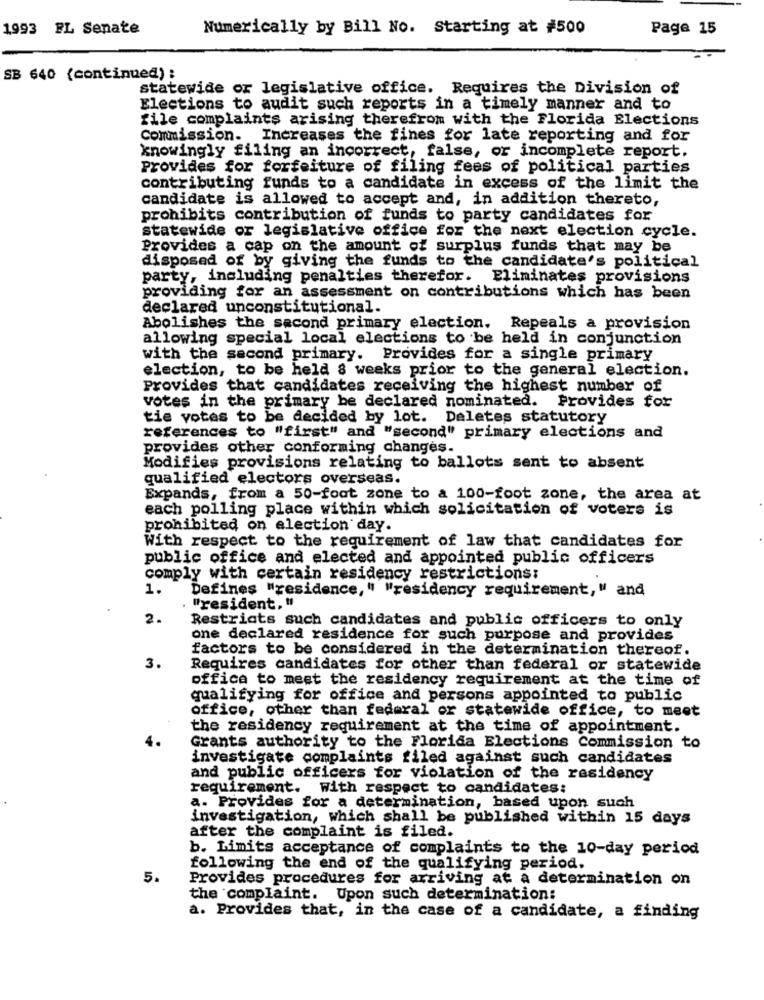
1993 FL Senate
Numerically by Bill No. Starting at #500
Page 15
SB 640 (continued) :
statewide or legislative office. Requires the Division of
Elections to audit such reports in a timely manner and to
file complaints arising therefrom with the Florida Elections
Commission. Increases the fines for late reporting and for
knowingly filing an incorrect, false, or incomplete report.
Provides for forfeiture of filing fees of political parties
contributing funds to a candidate in excess of the limit the
candidate is allowed to accept and, in addition thereto,
prohibits contribution of funds to party candidates for
statewide or legislative office for the next election cycle.
Provides a cap on the amount of surplus funds that may be
disposed of by giving the funds to the candidate's political
party, including penalties therefor. Eliminates provisions
providing for an assessment on contributions which has been
declared unconstitutional.
Abolishes the second primary election, Repeals a provision
allowing special local elections to be held in conjunction
with the second primary. Provides for a single primary
election, to be held 8 weeks prior to the general election.
Provides that candidates receiving the highest number of
votes in the primary be declared nominated. Provides for
tie votes to be decided by lot. Deletes statutory
references to "first" and "second" primary elections and
provides other conforming changes.
Modifies provisions relating to ballots sent to absent
qualified electors overseas.
Expands, from a 50-foot zone to a 100-foot zone, the area at
each polling place within which solicitation of voters is
prohibited on election day.
With respect to the requirement of law that candidates for
public office and elected and appointed public officers
comply with certain residency restrictions:
1.
Defines "residence, " "residency requirement, " and
"resident. "
2.
Restricts such candidates and public officers to only
one declared residence for such purpose and provides
factors to be considered in the determination thereof.
3.
Requires candidates for other than federal or statewide
office to meet the residency requirement at the time of
qualifying for office and persons appointed to public
office, other than federal or statewide office, to meet
the residency requirement at the time of appointment.
Grants authority to the Florida Elections Commission to
investigate complaints filed against such candidates
and public officers for violation of the residency
requirement. with respect to candidates:
a. Provides for a determination, based upon such
investigation, which shall be published within 15 days
after the complaint is filed.
b. Limits acceptance of complaints to the 10-day period
following the end of the qualifying period.
5.
Provides procedures for arriving at a determination on
the complaint. Upon such determination:
a. Provides that, in the case of a candidate, a finding